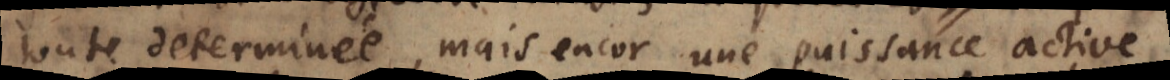
toute determinée, mais encor une puissance active,